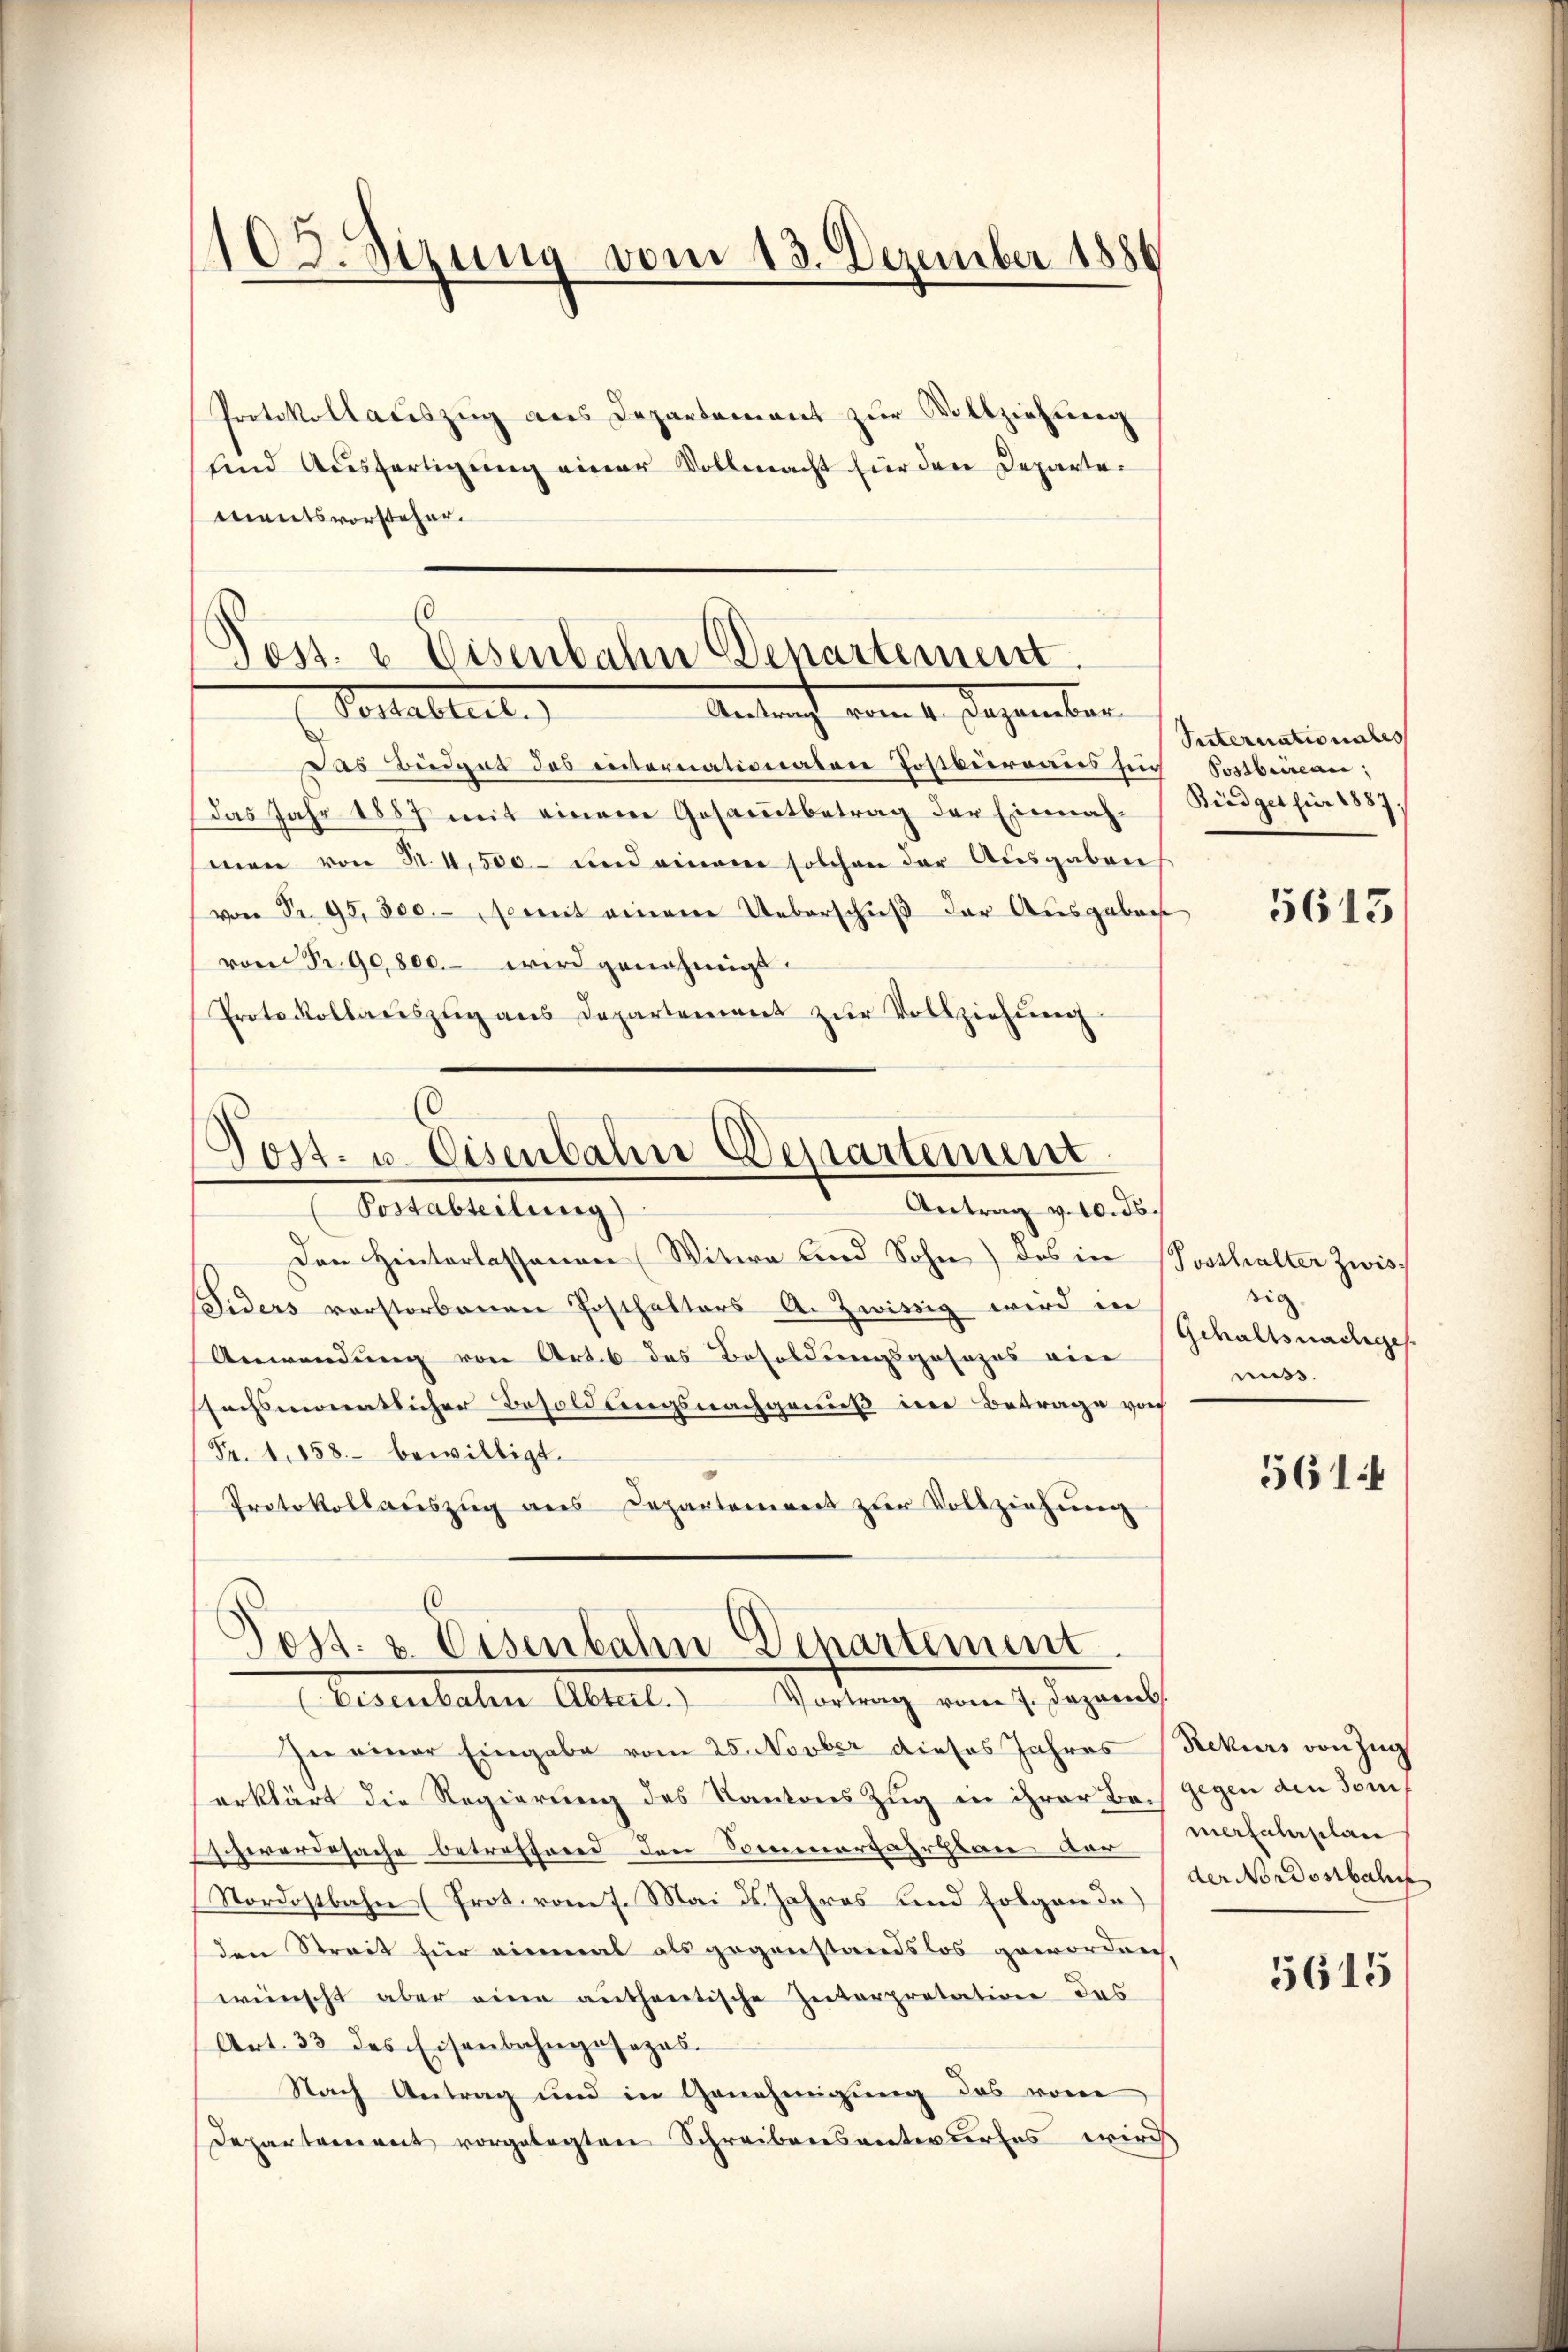
1103. Sizung vom 13. Dezember 1886

Protokollauszug aus Departement zŭr Vollziehung
und Ausfertigung einer Vollmacht für den Departementsvorsteher.
d

Poss. v. Eisenbahn Departement.
Pestablirt.
Antricht vom 4. Dezember

Post. u. Eisenbahn Departement
Antrag v. 10. ds.
Postabteilung)

Post. u. Eisenbahn Departement
(Eisenbaten Abteil. Vortrag vom 7. Dezemb

Den Hinterlassenen (Witwe und Sohn) das in Posthalter Zwis¬
Siders verstorbenen Posthalters A. Zwistig wird in
Anwendung von Art. 6 des Besoldungsgesezes ein
fechsmonatlicher Besoldungsnachgenuß in Betrage von
Fr. 1858 bewilligt.
Protokollauszug aus Departement zur Vollziehung

Des Büdget des internationalen Postbüreaus sich Sostbeinau;
das Jahr 1887 mit einem Gesamtbetrag der Einnah-Büdget für 1887.
men von 34,500 und einem solchen der Ausgaben
von Nr. 95,000. somit einem Ueberschuß der Ausgebach
von Nr. 90,800.- wird genehmigt.
Protokollauszug aus Departement zŭr Vollziehŭng

Suternationales

In einer Eingabe vom 25. Novber dieses Jahres (Rekurs von Zug
erklärt die Regierung des Kantons Zug in ihrer Bach gegen den Somit
Schwerdesache betreffend den Sommerfahrplan der Tafelaplan
Nordostbahn (Prot. vom 7. Mai ds. Jahres und Folgen de
den Streit für einmal als gegenstandslos gewordnen.
wünscht aber eine authentische Interpretation das
Art. 33 des Eisenbahngesezes-
Nach Antrag und in Genehmigung des vom
Departement vorgelegten Schreibensentwurfes wird

5613

sig
Gehaltsnachges.
muss.

561

der Nordostbah

5615